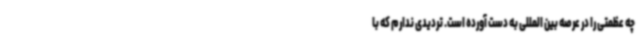
چه عظمتی را در عرصه بین المللی به دست آورده است. تردیدی ندارم که با